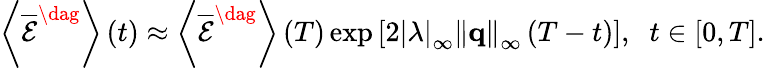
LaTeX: \left\langle{{{\overline{{\mathcal E}}}^{\dag}}}\right\rangle\left(t\right)\approx\left\langle{{{\overline{{\mathcal E}}}^{\dag}}}\right\rangle\left(T\right)\exp\left[{2{{\left|\lambda\right|}_{\infty}}{{\left\| {\mathbf{q}}\right\| }_{\infty}}\left({T-t}\right)}\right],\; \; t\in\left[{0,T}\right].